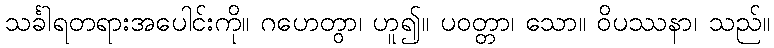
သင်္ခါရတရားအပေါင်းကို။ ဂဟေတွာ၊ ဟူ၍။ ပဝတ္တာ၊ သော။ ဝိပဿနာ၊ သည်။